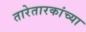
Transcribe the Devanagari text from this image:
तारेतारकांच्या